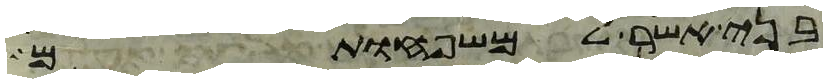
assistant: בני אשר למשפחותם